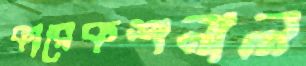
কারেকশনাল